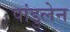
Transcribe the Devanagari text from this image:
पांडुलेन